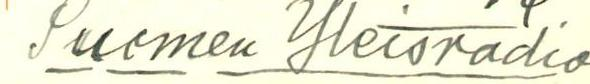
Suomen Yleisradio